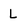
Character: L